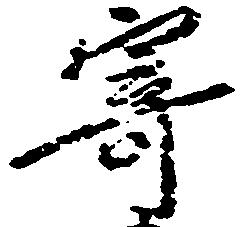
寄